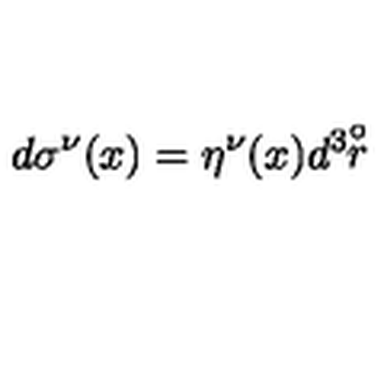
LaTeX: d \sigma ^ { \nu } ( x ) = \eta ^ { \nu } ( x ) d ^ { 3 } \! \! \stackrel { \circ } { r }